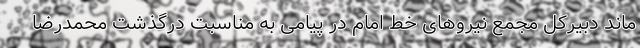
ماند دبیرکل مجمع نیروهای خط امام در پیامی به مناسبت درگذشت محمدرضا